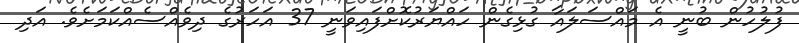
ފުލުހުން ބުނީ އެ މައްސަލައާ ގުޅިގެން ހައްޔަރުކޮށްފައިވަނީ 37 އަހަރުގެ ދިވެެއްސެއްކަމަށެވެ. އަދި